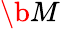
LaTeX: \b{M}